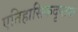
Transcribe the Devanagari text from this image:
एतिहासिकदृष्ट्या